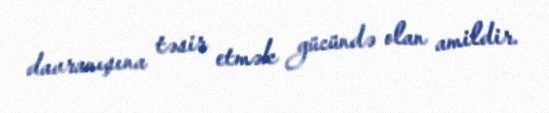
davranışına təsir etmək gücündə olan amildir.